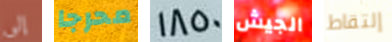
إلى محرجا 1850 الجيش إلتقاط